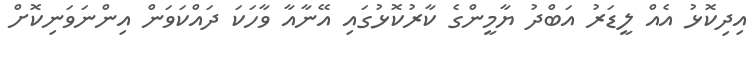
އިދިކޮޅު އެއް ލީޑަރު އަބްދު ޔާމީންގެ ކާރުކޮޅުގައި އޭނާއާ ވާހަކަ ދައްކަވަން އިންނަވަނިކޮށް